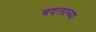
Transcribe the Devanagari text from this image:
बदलाव्या